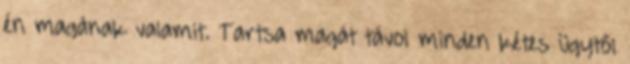
én magának valamit. Tartsa magát távol minden kétes ügytől